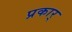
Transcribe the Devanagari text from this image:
प्रकार्